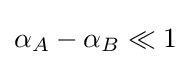
\alpha _{A}-\alpha _{B}\ll 1